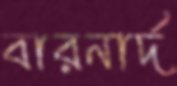
বারনার্দ